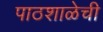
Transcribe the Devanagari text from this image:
पाठशाळेची